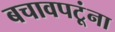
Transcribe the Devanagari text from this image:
बचावपटूंना